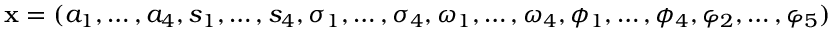
\ensuremath { \mathbf { x } } = ( a _ { 1 } , \dots , a _ { 4 } , s _ { 1 } , \dots , s _ { 4 } , \sigma _ { 1 } , \dots , \sigma _ { 4 } , \omega _ { 1 } , \dots , \omega _ { 4 } , \phi _ { 1 } , \dots , \phi _ { 4 } , \varphi _ { 2 } , \dots , \varphi _ { 5 } )